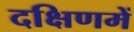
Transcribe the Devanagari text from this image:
दक्षिणमें